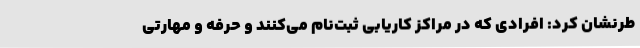
طرنشان کرد: افرادی که در مراکز کاریابی ثبت‌نام می‌کنند و حرفه و مهارتی